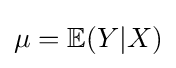
\mu =\mathbb {E} (Y|X)